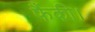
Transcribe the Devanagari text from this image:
फैंकी।